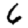
Digit: 6